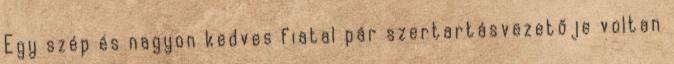
Egy szép és nagyon kedves fiatal pár szertartásvezetője voltan